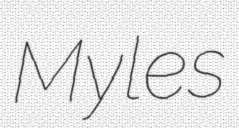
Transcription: Myles